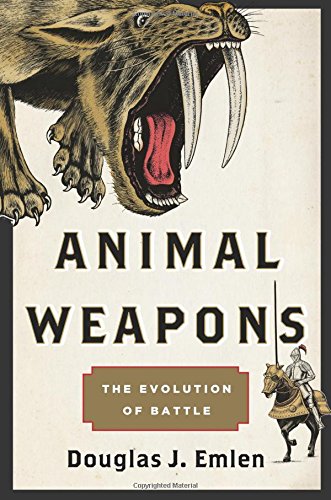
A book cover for Animal Weapons: The Evolution of Battle; Douglas J. Emlen; Science & Math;